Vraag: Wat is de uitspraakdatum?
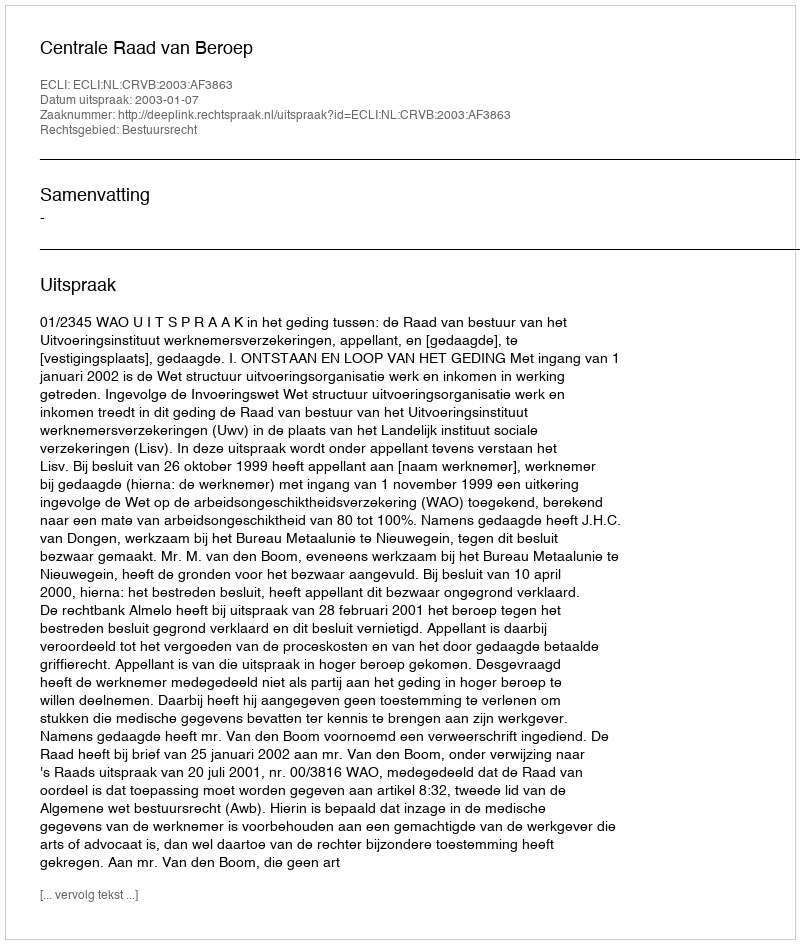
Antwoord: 2003-01-07